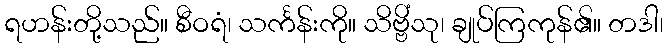
ရဟန်းတို့သည်။ စီဝရံ၊ သင်္ကန်းကို။ သိဗ္ဗိံသု၊ ချုပ်ကြကုန်၏။ တဒါ၊